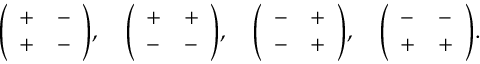
{ \left( \begin{array} { l l } { + } & { - } \\ { + } & { - } \end{array} \right) } , \quad { \left( \begin{array} { l l } { + } & { + } \\ { - } & { - } \end{array} \right) } , \quad { \left( \begin{array} { l l } { - } & { + } \\ { - } & { + } \end{array} \right) } , \quad { \left( \begin{array} { l l } { - } & { - } \\ { + } & { + } \end{array} \right) } .